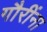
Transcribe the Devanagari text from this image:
गौरींना